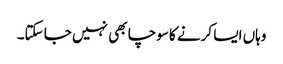
وہاں ایسا کرنے کا سوچا بھی نہیں جا سکتا۔